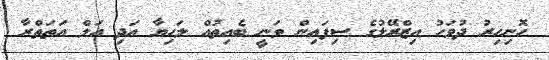
ހޮނިހިރު ދުވަހު އިޒްރޭލުގެ ސިފައިން ވަނީ ބެއިތުއް ލަހިޔާ އަދި އަލް އަތަތްރާ